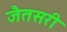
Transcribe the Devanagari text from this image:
जैतसरी